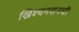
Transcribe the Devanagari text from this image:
ख्रिश्चनसनची